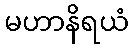
မဟာနိရယံ